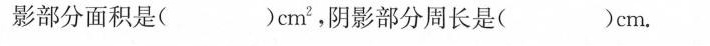
影部分面积是( )cm^{2}，阴影部分周长是( )cm。